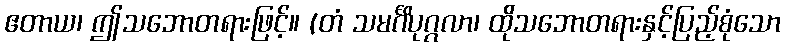
ဧတာယ၊ ဤသဘောတရားဖြင့်။ (တံ သမင်္ဂိပုဂ္ဂလာ၊ ထိုသဘောတရားနှင့်ပြည့်စုံသော